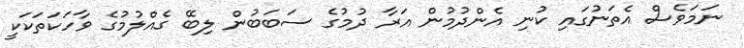
ނަމަވެސް އެތަނުގައި ކުނި އެންދުމުން އަރާ ދުމުގެ ސަބަބުން ލިބޭ ގެއްލުމުގެ ވާހަކަތަކަކީ